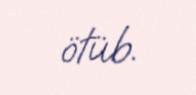
ötüb.